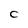
Character: C